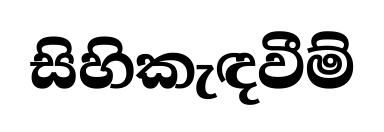
සිහිකැඳවීම්